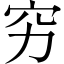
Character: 穷